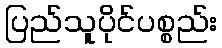
ပြည်သူပိုင်ပစ္စည်း